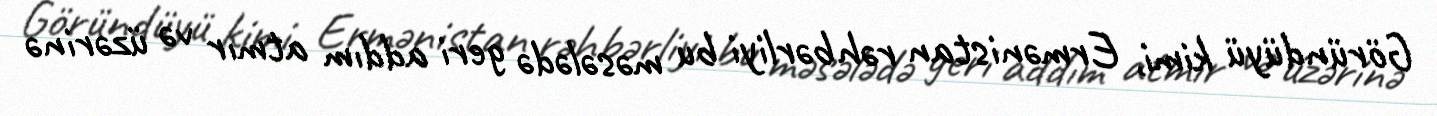
Göründüyü kimi, Ermənistan rəhbərliyi bu məsələdə geri addım atmır və üzərinə